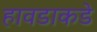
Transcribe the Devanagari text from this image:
हावडाकडे